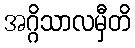
အဂ္ဂိသာလမှီတိ